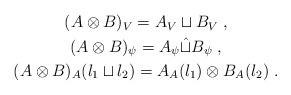
LaTeX: \begin{align*}\begin{gathered}(A\otimes B)_V= A_V \sqcup B_V\;,\\(A\otimes B)_\psi= A_\psi \hat\sqcup B_\psi\;,\\(A\otimes B)_A(l_1\sqcup l_2)=A_A(l_1) \otimes B_A(l_2)\;.\end{gathered}\end{align*}